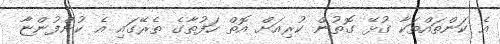
އެ ކަންތައްތަކާ ގުޅޭ ގޮތުން ކުރިއަށް އޮތް ހަފުތާގެ ތެރޭގައި އެ ކުންފުންޏާ